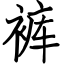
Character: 裤